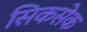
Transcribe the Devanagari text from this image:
सिकसेक